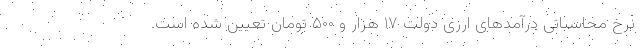
نرخ محاسباتی درآمدهای ارزی دولت ۱۷ هزار و ۵۰۰ تومان تعیین شده است.